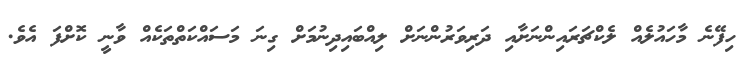
ހިފޭނެ މާހައުލެއް ލެކްޗަރައިންނަށާއި ދަރިވަރުންނަށް ލިއްބައިދިނުމަށް ގިނަ މަސައްކަތްތަކެއް ވާނީ ކޮށްފަ އެވެ.